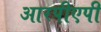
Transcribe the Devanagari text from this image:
आरपीएपी